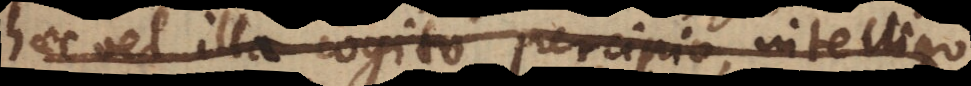
haec vel illa cogito, percipio, intelligo